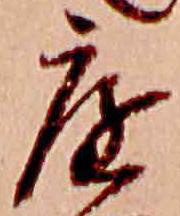
庭